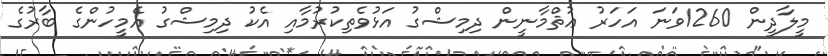
މީލާދީން 1260ވަނަ އަހަރު ޢުޘްމާނީން ދިމިޝްގު އަޅުވެތިކުރުމާއި އެކު ދިމިޝްގު އެމީހުންގެ ބާރުގެ